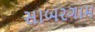
સાબરગામ